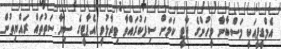
އެމްޑީޕީއަކީ މަސްބާނާ މީހުންގެ ޕާޓީ ކަމަށް ސިފަކުރައްވާ ވިދާޅުވީ އެޕާޓީގެ ސިޔާސަތުތައް ރައްޔިތުން